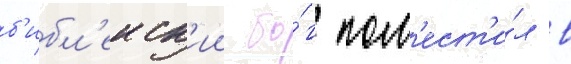
б'ибл'еиск'ии бо́г пом'ест'и́л в